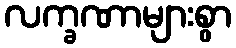
လက္ခဏာများစွာ